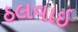
ઠલવાઇ